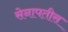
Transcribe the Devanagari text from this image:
सेनापतीस